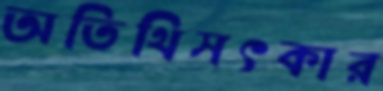
অতিথিসৎকার